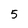
Character: 5